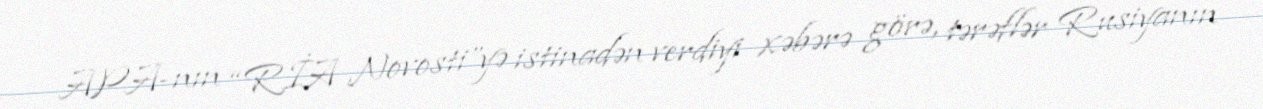
APA-nın “RİA Novosti”yə istinadən verdiyi xəbərə görə, tərəflər Rusiyanın